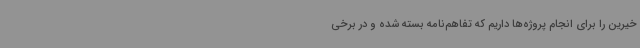
خیرین را برای انجام پروژه‌ها داریم که تفاهم‌نامه بسته شده و در برخی